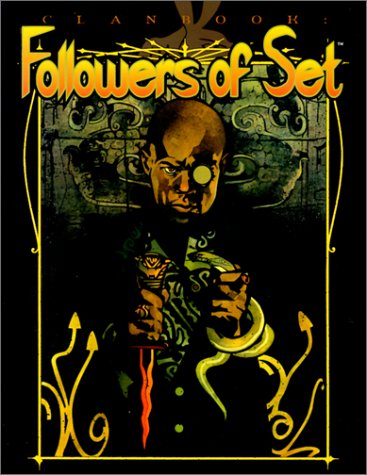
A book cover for *OP Clanbook Followers of Set Rev Ed (Vampire: The Masquerade Clanbooks); Dean Shomshak; Science Fiction & Fantasy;